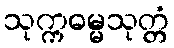
သုက္ကဓမ္မသုတ္တံ